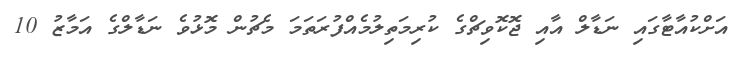
އަށްކުއާޓާގައި ނަޑާލް އާއި ޖޮކޮވިޗްގެ ކުރިމަތިލުމެއްފުރަތަމަ މެޗުން މޮޅުވެ ނަޑާލްގެ އަމާޒު 10